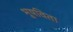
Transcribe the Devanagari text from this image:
भूषविता